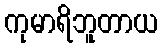
ကုမာရိဘူတာယ